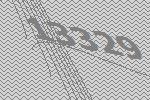
13329